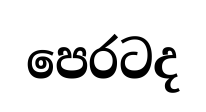
පෙරටද